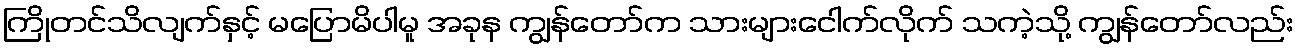
ကြိုတင်သိလျက်နှင့် မပြောမိပါမူ အခုန ကျွန်တော်က သားများငေါက်လိုက် သကဲ့သို့ ကျွန်တော်လည်း